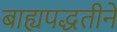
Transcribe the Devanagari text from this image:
बाह्यपद्धतीने